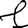
Digit: 1